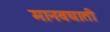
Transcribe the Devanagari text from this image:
मानवघाती